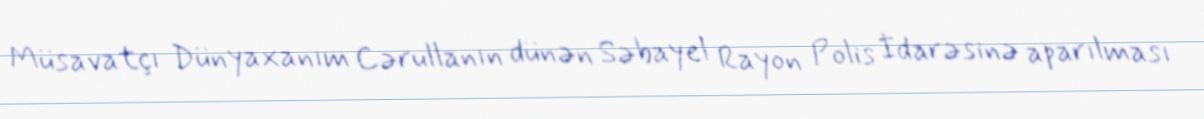
Müsavatçı Dünyaxanım Cərullanın dünən Səbayel Rayon Polis İdarəsinə aparılması